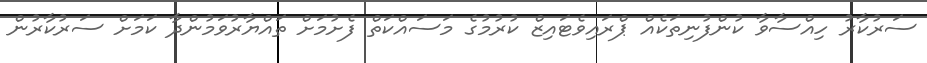
ސަރުކާރު ހިއްސާވާ ކުންފުނިތަކެއް ޕްރައިވެޓައިޒް ކުރުމުގެ މަސައްކަތް ފެށުމަށް ތައްޔާރުވަމުންދާ ކަމަށް ސަރުކާރުން